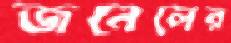
জনেলের